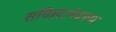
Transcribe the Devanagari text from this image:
सच्चिदानंदरूप